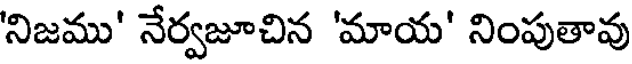
'నిజము' నేర్వజూచిన 'మాయ' నింపుతావు